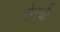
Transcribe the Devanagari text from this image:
गेजची